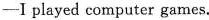
—I played computer games.